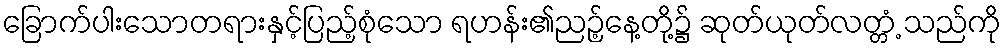
ခြောက်ပါးသောတရားနှင့်ပြည့်စုံသော ရဟန်း၏ညဉ့်နေ့တို့၌ ဆုတ်ယုတ်လတ္တံ့ သည်ကို